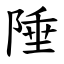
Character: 陲